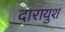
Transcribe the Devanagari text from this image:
दारायुश